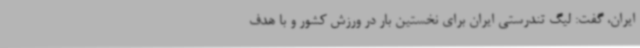
ایران، گفت: لیگ تندرستی ایران برای نخستین بار در ورزش کشور و با هدف